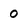
Character: 0